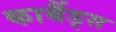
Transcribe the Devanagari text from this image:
कार्बैड्स